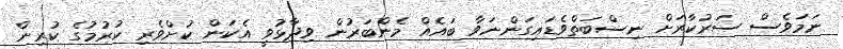
ނަމަވެސް ސަރުކާރަށް ނިސްބަތްވެޑައިގަންނަވާ ބައެއް މެންބަރުން ވިދާޅުވީ އެކަން ކުށްވެރި ކުރުމުގެ ކުރިން